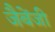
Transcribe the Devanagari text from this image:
जैबेंजी